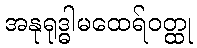
အနုရုဒ္ဓါမထေရ်ဝတ္ထု